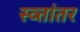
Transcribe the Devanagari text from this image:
स्व्तांतर